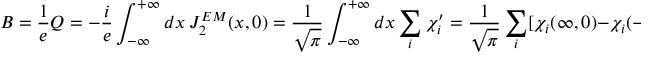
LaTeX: B = \frac { 1 } { e } Q = - \frac { i } { e } \int _ { - \infty } ^ { + \infty } d x ~ J _ { 2 } ^ { E M } ( x , 0 ) = \frac { 1 } { \sqrt { \pi } } \int _ { - \infty } ^ { + \infty } d x \sum _ { i } \chi _ { i } ^ { \prime } = \frac { 1 } { \sqrt { \pi } } \sum _ { i } [ \chi _ { i } ( \infty , 0 ) - \chi _ { i } ( - \infty , 0 ) ] .